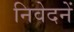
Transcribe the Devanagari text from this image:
निवेदनें